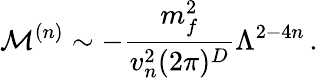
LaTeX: \mathcal{M}^{(n)}\sim-\frac{m_{f}^{2}}{v_{n}^{2}(2\pi)^{D}}\Lambda^{2-4n}\, .